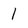
Character: I